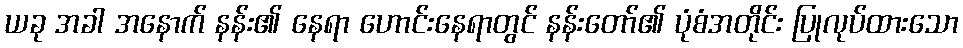
ယခု အခါ အနောက် နန်း၏ နေရာ ဟောင်းနေရာတွင် နန်းတော်၏ ပုံစံအတိုင်း ပြုလုပ်ထားသော